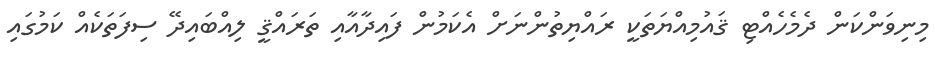
މިނިވަންކަން ދެމެހެއްޓި ޤައުމިއްޔަތަކީ ރައްޔިތުންނަށް އެކަމުން ފައިދާއާއި ތަރައްޤީ ލިއްބައިދޭ ސިފަތަކެއް ކަމުގައި